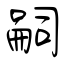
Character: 嗣